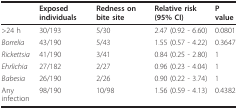
|  | Exposed individuals | Redness on bite site | Relative risk (95% CI) | P value |
 | --- | --- | --- | --- | --- |
 | >24 h | 30/193 | 5/30 | 2.47 (0.92 - 6.60) | 0.0801 |
 | Borrelia | 43/190 | 5/43 | 1.55 (0.57 - 4.22) | 0.3647 |
 | Rickettsia | 41/190 | 3/41 | 0.84 (0.25 - 2.80) | 1 |
 | Ehrlichia | 27/182 | 2/27 | 0.96 (0.23 - 4.04) | 1 |
 | Babesia | 26/190 | 2/26 | 0.90 (0.22 - 3.74) | 1 |
 | Any infection | 98/190 | 10/98 | 1.56 (0.59 - 4.13) | 0.4382 |